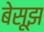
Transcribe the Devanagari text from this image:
बेसूझ